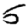
Digit: 5